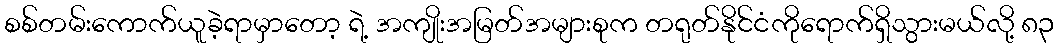
စစ်တမ်းကောက်ယူခဲ့ရာမှာတော့ ရဲ့ အကျိုးအမြတ်အများစုက တရုတ်နိုင်ငံကိုရောက်ရှိသွားမယ်လို့ ၈၃